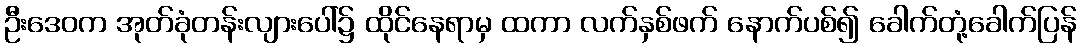
ဦးဒေဝက အုတ်ခုံတန်းလျားပေါ်၌ ထိုင်နေရာမှ ထကာ လက်နှစ်ဖက် နောက်ပစ်၍ ခေါက်တုံ့ခေါက်ပြန်